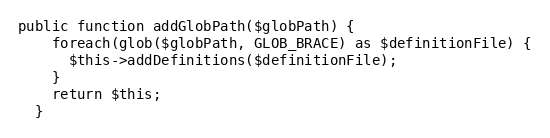
Language: PHP
public function addGlobPath($globPath) {
    foreach(glob($globPath, GLOB_BRACE) as $definitionFile) {
      $this->addDefinitions($definitionFile);
    }
    return $this;
  }